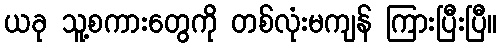
ယခု သူ့စကားတွေကို တစ်လုံးမကျန် ကြားပြီးပြီ။